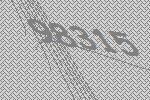
98315